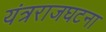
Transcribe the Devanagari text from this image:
यंत्रराजघटना